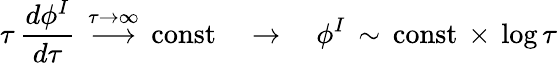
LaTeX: \tau\, \frac{d\phi^{I}}{d\tau}\, \stackrel{\tau\to\infty}{\longrightarrow}\, \mathrm{const}\quad\rightarrow\quad\phi^{I}\, \sim\, \mathrm{const}\, \times\, \log\tau